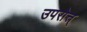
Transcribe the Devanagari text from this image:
उपरोत्त्